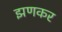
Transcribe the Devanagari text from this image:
झणकर